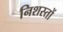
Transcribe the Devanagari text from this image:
निशस्तों